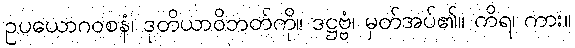
ဥပယောဂဝစနံ၊ ဒုတိယာဝိဘတ်ကို။ ဒဋ္ဌဗ္ဗံ၊ မှတ်အပ်၏။ ကိရ၊ ကား။